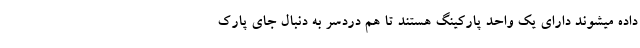
داده میشوند دارای یک واحد پارکینگ هستند تا هم دردسر به دنبال جای پارک